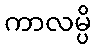
ကာလမ္ပိ